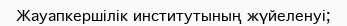
Жауапкершілік институтының жүйеленуі;